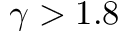
\gamma > 1 . 8